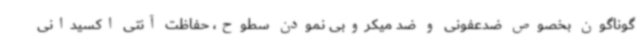
گوناگون بخصوص ضدعفونی و ضد میکروبی نمودن سطوح، حفاظت آنتی اکسیدانی